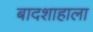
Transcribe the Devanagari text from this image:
बादशाहाला